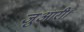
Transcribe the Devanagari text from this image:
जुआरी।